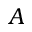
A